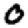
Digit: 0